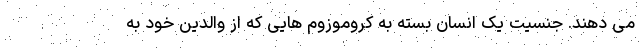
می دهند. جنسیت یک انسان بسته به کروموزوم هایی که از والدین خود به